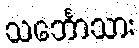
သင်္ဘောသား